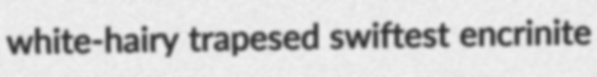
white-hairy trapesed swiftest encrinite